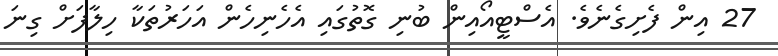
27 އިން ފެށިގެނެވެ. އެސްޓީއޯއިން ބުނި ގޮތުގައި އެހެނިހެން އަހަރުތަކާ ހިލާފަށް ގިނަ